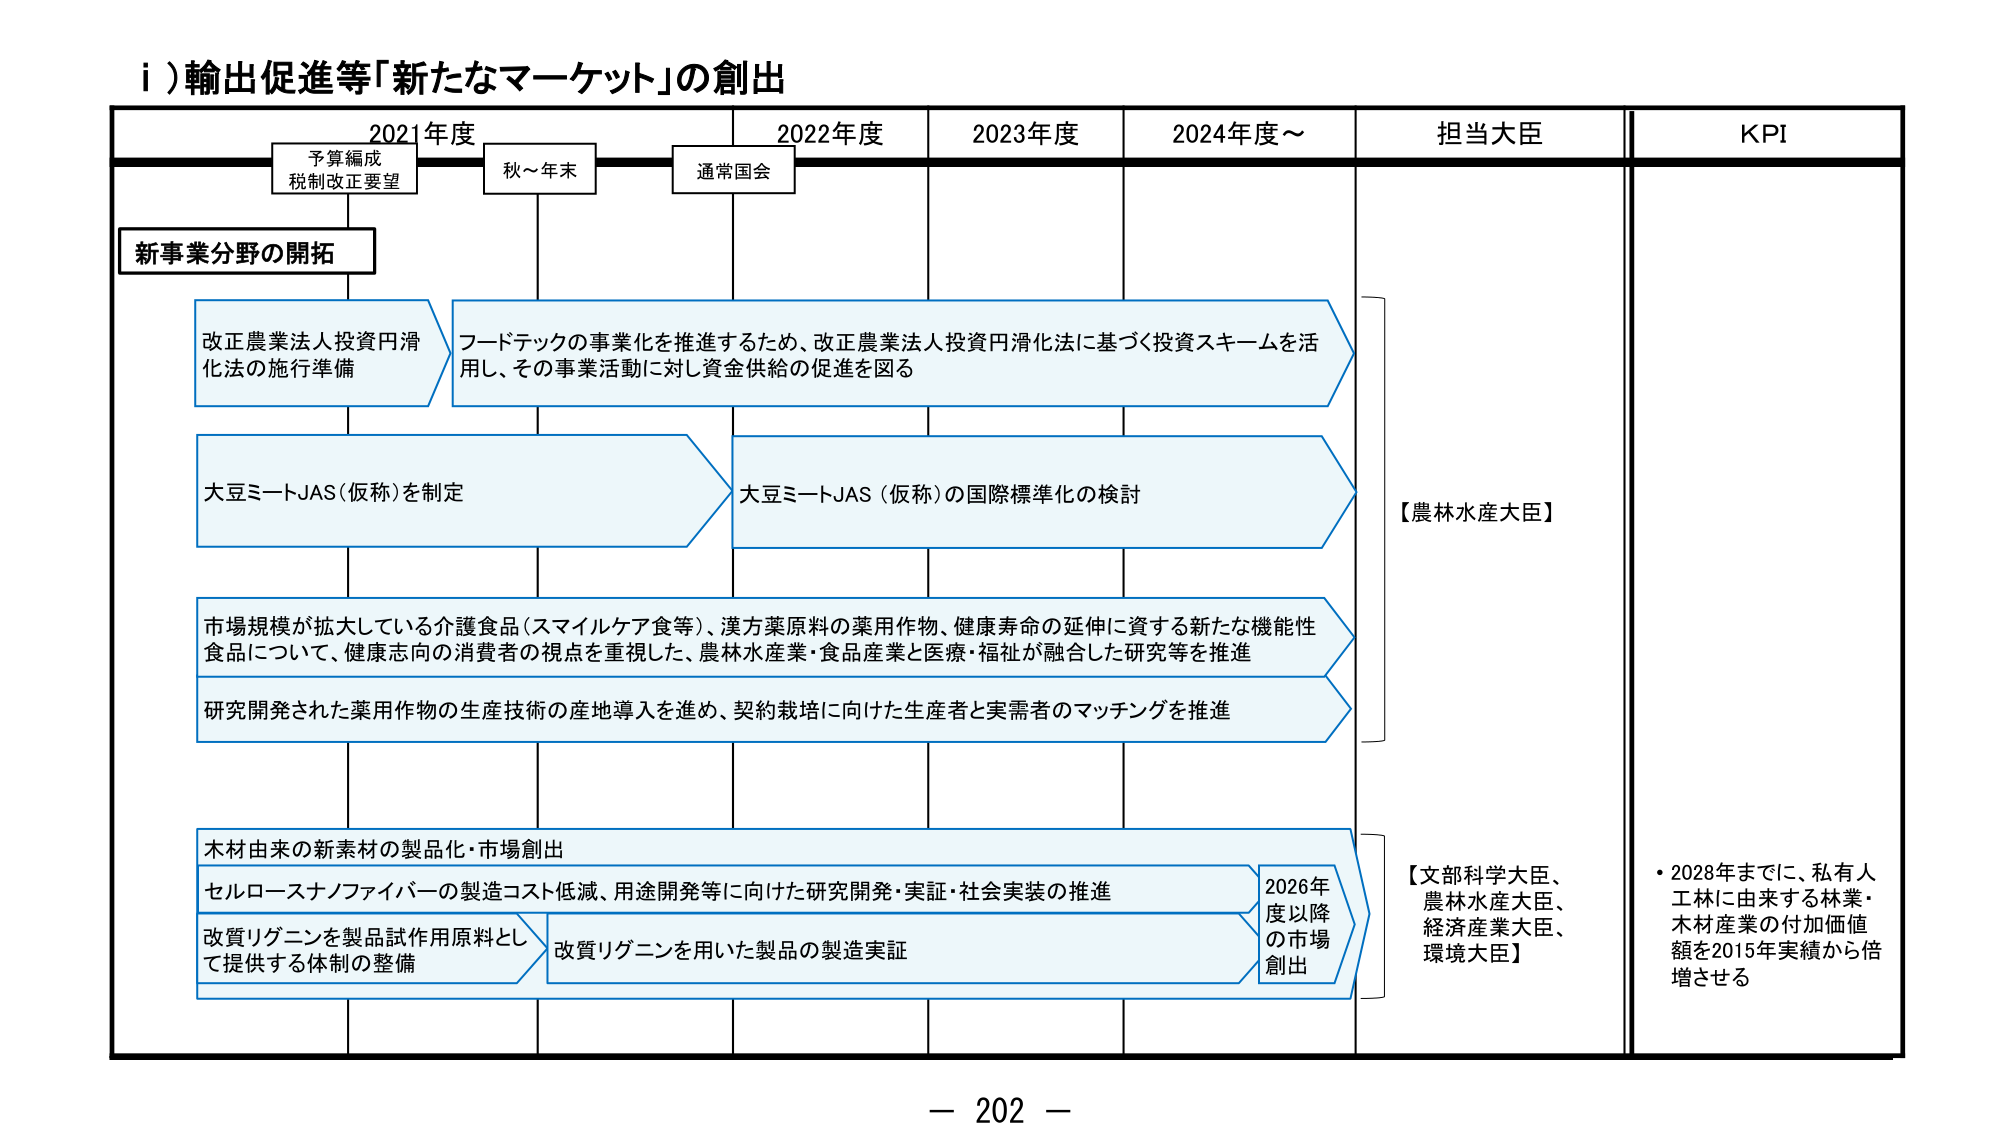
i) 輸出促進等「新たなマーケット」の創出

2021年度　　　　　2022年度　　　　　2023年度　　　　　2024年度～　　　　　担当大臣　　　　　KPI

予算編成
税制改正要望　　　秋～年末　　　　　通常国会

新事業分野の開拓

改正農業法人投資円滑化法の施行準備
フードテックの事業化を推進するため、改正農業法人投資円滑化法に基づく投資スキームを活用し、その事業活動に対し資金供給の促進を図る

大豆ミートJAS（仮称）を制定
大豆ミートJAS（仮称）の国際標準化の検討

市場規模が拡大している介護食品（スマイルケア食等）、漢方薬原料の薬用作物、健康寿命の延伸に資する新たな機能性食品について、健康志向の消費者の視点を重視した、農林水産業・食品産業と医療・福祉が融合した研究等を推進

研究開発された薬用作物の生産技術の産地導入を進め、契約栽培に向けた生産者と実需者のマッチングを推進

木材由来の新素材の製品化・市場創出
セルロースナノファイバーの製造コスト低減、用途開発等に向けた研究開発・実証・社会実装の推進
改質リグニンを製品試作用原料として提供する体制の整備
改質リグニンを用いた製品の製造実証
2026年度以降の市場創出

【農林水産大臣】

【文部科学大臣、農林水産大臣、経済産業大臣、環境大臣】

・2028年までに、私有人工林に由来する林業・木材産業の付加価値額を2015年実績から倍増させる

－ 202 －